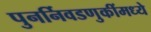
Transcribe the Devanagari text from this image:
पुनर्निवडणुकींमध्ये